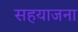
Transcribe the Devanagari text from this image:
सहयाजना